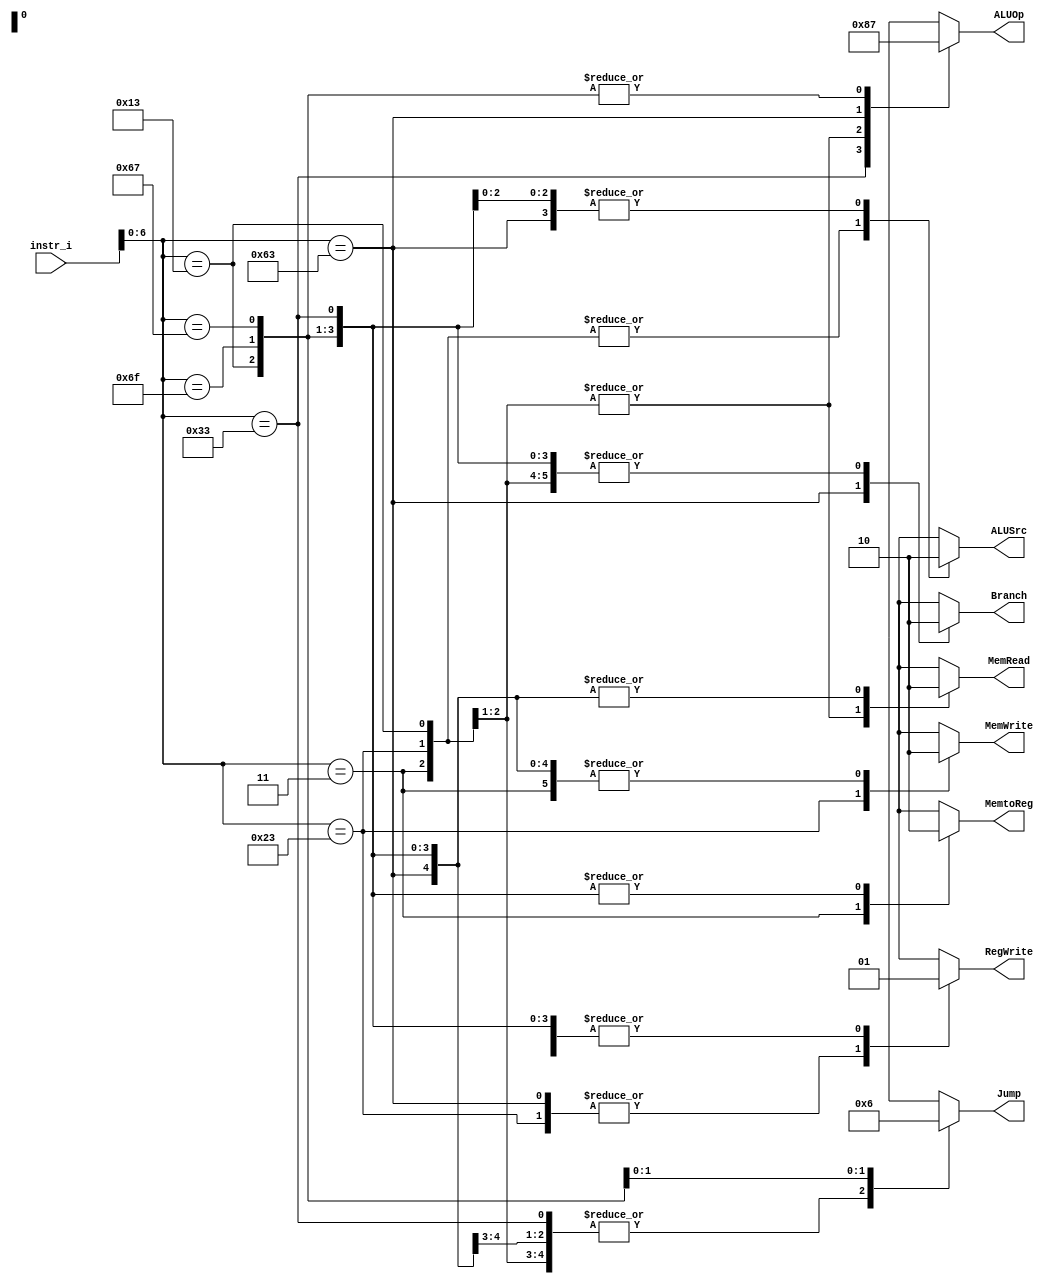
/***************************************************
Student Name: 
Student ID: 
***************************************************/

`timescale 1ns/1ps

module Decoder(
	input [31:0] 	instr_i,
	output          ALUSrc,
	output          MemtoReg,
	output          RegWrite,
	output          MemRead,
	output          MemWrite,
	output          Branch,
	output [1:0]	ALUOp,
	output [1:0]	Jump
	);

/* Write your code HERE */
reg            alusrc;
reg            regwrite;
reg            branch;
reg    [2-1:0] ALU_OP;

reg 	       memtoReg;
reg 	       memRead;
reg 	       memWrite;
reg    [2-1:0] jump;

always@ * 
	begin
	case(instr_i[7-1:0]) 
		/* R-format */
		7'b0110011:
			begin
				alusrc <= 0; memtoReg <= 0; regwrite <= 1; memRead <= 0; memWrite <= 0; branch <= 0; ALU_OP <= 2'b10; jump <= 2'b00;
			end
		/* I-type Load */
		7'b0000011:
			begin
				alusrc <= 1; memtoReg <= 1; regwrite <= 1; memRead <= 1; memWrite <= 0; branch <= 0; ALU_OP <= 2'b00; jump <= 2'b00;
			end
		/* S-type */
		7'b0100011:
			begin
				alusrc <= 1; memtoReg <= 1'bx; regwrite <= 0; memRead <= 1; memWrite <= 1; branch <= 0; ALU_OP <= 2'b00; jump <= 2'b00;
			end
		/* SB-type */
		7'b1100011:
			begin
				alusrc <= 0; memtoReg <= 1'bx; regwrite <= 0; memRead <= 0; memWrite <= 0; branch <= 1; ALU_OP <= 2'b01; jump <= 2'b00;
			end
		/* I-type immediate */
		7'b0010011:
			begin
				alusrc <= 1; memtoReg <= 0; regwrite <= 1; memRead <= 0; memWrite <= 0; branch <= 0; ALU_OP <= 2'b11; jump <= 2'b00;
			end

		/* JAL-type */
		7'b1101111:
			begin
				alusrc <= 0; memtoReg <= 0; regwrite <= 1; memRead <= 0; memWrite <= 0; branch <= 0; ALU_OP <= 2'b11; jump <= 2'b01;
			end
		/* JALR-type */
		7'b1100111:
			begin
				alusrc <= 0; memtoReg <= 0; regwrite <= 1; memRead <= 0; memWrite <= 0; branch <= 0; ALU_OP <= 2'b11; jump <= 2'b10;
			end
		default: 
			begin
				alusrc <= 1'bx; memtoReg <= 1'bx; regwrite <= 1'bx; memRead <= 1'bx; memWrite <= 1'bx; branch <= 1'bx; ALU_OP <= 2'bxx; jump <= 2'bxx;
			end
	endcase
//$display("%0dns :\$display: Opcode = %7b ALUSrc=%b RegWrite=%b Branch =%b ALUOp =%2b"  , $stime, instr_i[7-1:0], alusrc, regwrite, branch, ALU_OP);

end

assign ALUSrc = alusrc;
assign RegWrite = regwrite;
assign Branch = branch;
assign ALUOp = ALU_OP;

assign MemtoReg = memtoReg;
assign MemRead = memRead;
assign MemWrite = memWrite;
assign Jump = jump;

endmodule